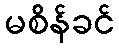
မစိန်ခင်